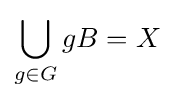
\bigcup _{g\in G}gB=X